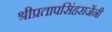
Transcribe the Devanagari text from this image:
श्रीप्रतापसिंहराजेंनी